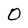
Character: 0